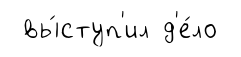
вы́ступ'ил д'е́ло